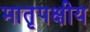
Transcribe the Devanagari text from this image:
मातृपक्षीय